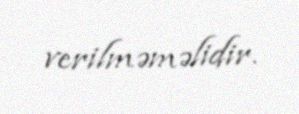
verilməməlidir.